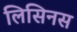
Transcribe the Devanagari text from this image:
लिसिनस